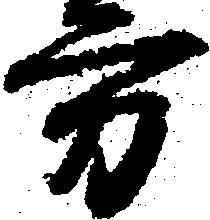
方